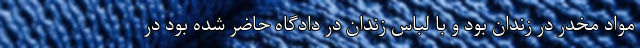
مواد مخدر در زندان بود و با لباس زندان در دادگاه حاضر شده بود در